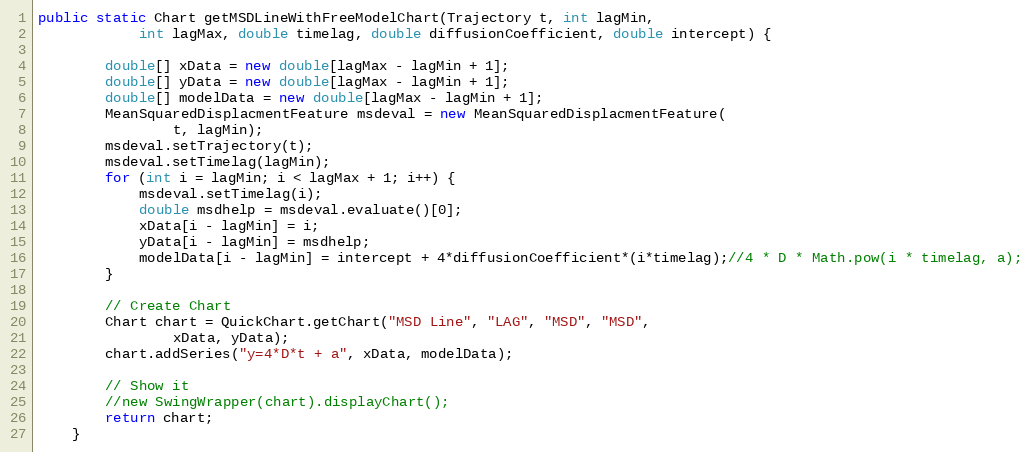
Language: Java
public static Chart getMSDLineWithFreeModelChart(Trajectory t, int lagMin,
			int lagMax, double timelag, double diffusionCoefficient, double intercept) {

		double[] xData = new double[lagMax - lagMin + 1];
		double[] yData = new double[lagMax - lagMin + 1];
		double[] modelData = new double[lagMax - lagMin + 1];
		MeanSquaredDisplacmentFeature msdeval = new MeanSquaredDisplacmentFeature(
				t, lagMin);
		msdeval.setTrajectory(t);
		msdeval.setTimelag(lagMin);
		for (int i = lagMin; i < lagMax + 1; i++) {
			msdeval.setTimelag(i);
			double msdhelp = msdeval.evaluate()[0];
			xData[i - lagMin] = i;
			yData[i - lagMin] = msdhelp;
			modelData[i - lagMin] = intercept + 4*diffusionCoefficient*(i*timelag);//4 * D * Math.pow(i * timelag, a);
		}

		// Create Chart
		Chart chart = QuickChart.getChart("MSD Line", "LAG", "MSD", "MSD",
				xData, yData);
		chart.addSeries("y=4*D*t + a", xData, modelData);

		// Show it
		//new SwingWrapper(chart).displayChart();
		return chart;
	}